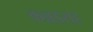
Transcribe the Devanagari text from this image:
कन्नडसह